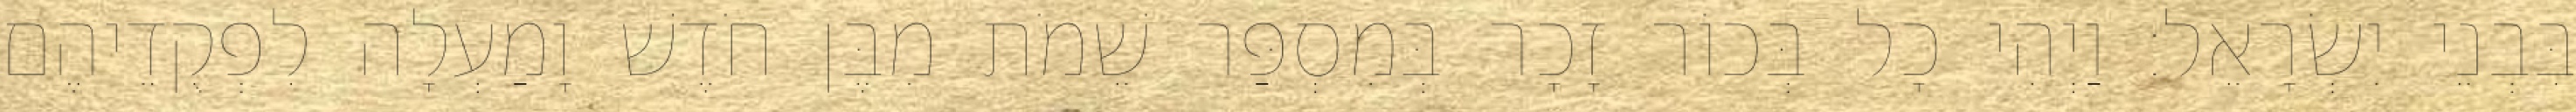
בִּבְנֵי יִשְׂרָאֵל׃ וַיְהִי כָל בְּכוֹר זָכָר בְּמִסְפַּר שֵׁמֹת מִבֶּן חֹדֶשׁ וָמַעְלָה לִפְקֻדֵיהֶם